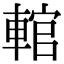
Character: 輨